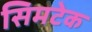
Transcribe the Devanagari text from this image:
सिमटेक